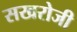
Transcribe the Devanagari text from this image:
सखरोजी